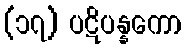
(၁၇) ပဋိပန္နကော